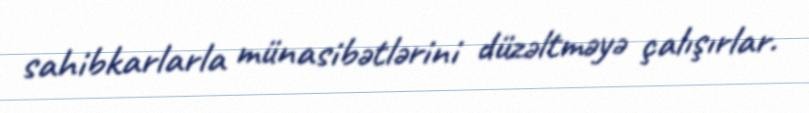
sahibkarlarla münasibətlərini düzəltməyə çalışırlar.